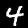
Label: 4